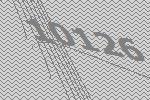
10126